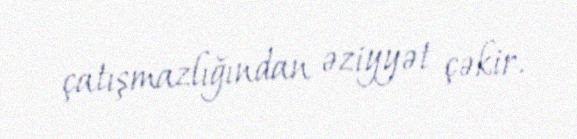
çatışmazlığından əziyyət çəkir.